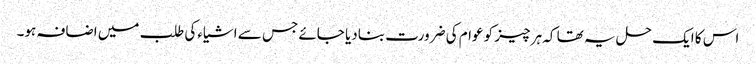
اس کا ایک حل یہ تھا کہ ہر چیز کو عوام کی ضرورت بنادیا جائے جس سے اشیاءکی طلب میں اضافہ ہو۔